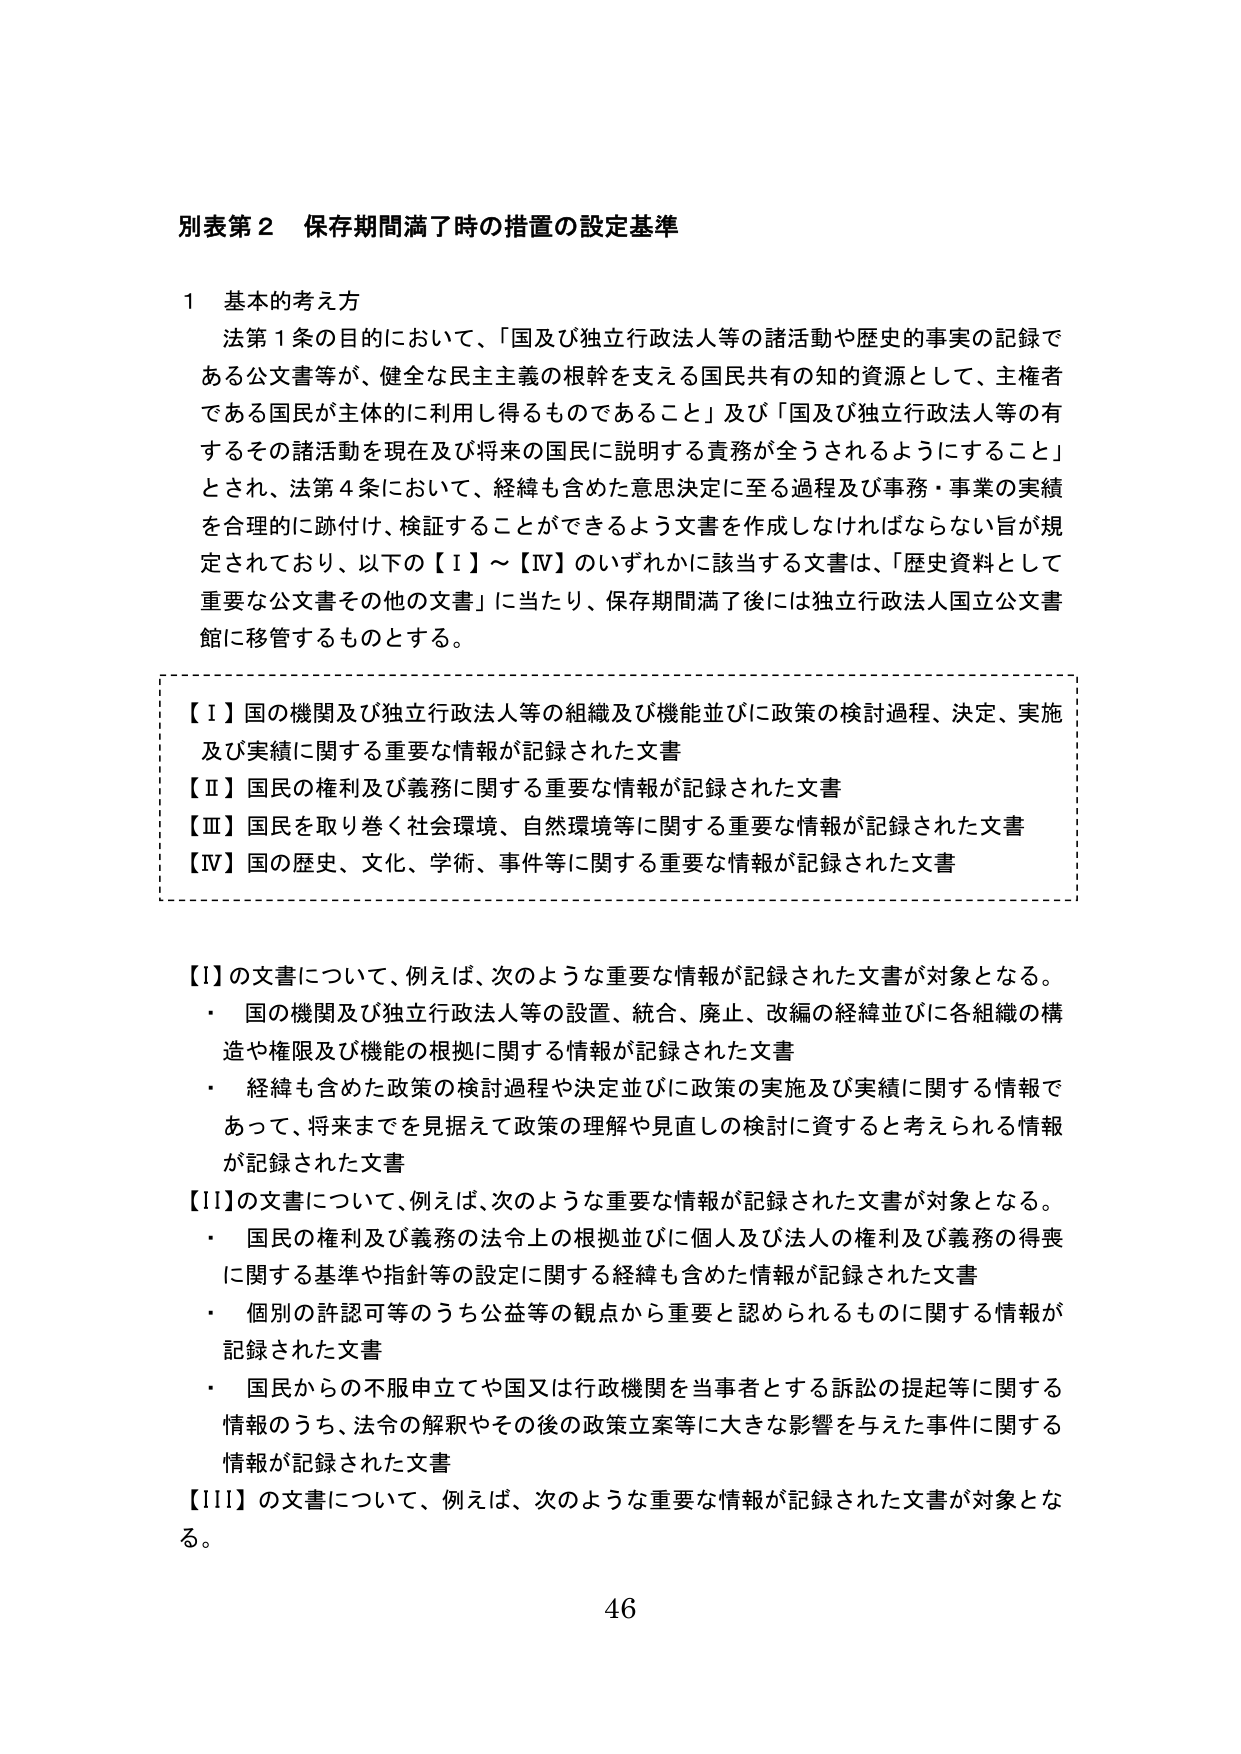
別表第２ 保存期間満了時の措置の設定基準

１ 基本的考え方
法第１条の目的において、「国及び独立行政法人等の諸活動や歴史的事実の記録である公文書等が、健全な民主主義の根幹を支える国民共有の知的資源として、主権者である国民が主体的に利用し得るものであること」及び「国及び独立行政法人等の有するその諸活動を現在及び将来の国民に説明する責務が全うされるようにすること」とされ、法第４条において、経緯も含めた意思決定に至る過程及び事務・事業の実績を合理的に跡付け、検証することができるよう文書を作成しなければならない旨が規定されており、以下の【Ⅰ】～【Ⅳ】のいずれかに該当する文書は、「歴史資料として重要な公文書その他の文書」に当たり、保存期間満了後には独立行政法人国立公文書館に移管するものとする。

【Ⅰ】国の機関及び独立行政法人等の組織及び機能並びに政策の検討過程、決定、実施及び実績に関する重要な情報が記録された文書
【Ⅱ】国民の権利及び義務に関する重要な情報が記録された文書
【Ⅲ】国民を取り巻く社会環境、自然環境等に関する重要な情報が記録された文書
【Ⅳ】国の歴史、文化、学術、事件等に関する重要な情報が記録された文書

【Ⅰ】の文書について、例えば、次のような重要な情報が記録された文書が対象となる。
・ 国の機関及び独立行政法人等の設置、統合、廃止、改編の経緯並びに各組織の構造や権限及び機能の根拠に関する情報が記録された文書
・ 経緯も含めた政策の検討過程や決定並びに政策の実施及び実績に関する情報であって、将来までを見据えて政策の理解や見直しの検討に資すると考えられる情報が記録された文書

【Ⅱ】の文書について、例えば、次のような重要な情報が記録された文書が対象となる。
・ 国民の権利及び義務の法令上の根拠並びに個人及び法人の権利及び義務の得喪に関する基準や指針等の設定に関する経緯も含めた情報が記録された文書
・ 個別の許認可等のうち公益等の観点から重要と認められるものに関する情報が記録された文書
・ 国民からの不服申立てや国又は行政機関を当事者とする訴訟の提起等に関する情報のうち、法令の解釈やその後の政策立案等に大きな影響を与えた事件に関する情報が記録された文書

【Ⅲ】の文書について、例えば、次のような重要な情報が記録された文書が対象となる。

46